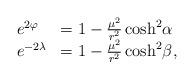
LaTeX: \begin{align*} \begin{array}{ll}e^{2\varphi} & = 1 - \frac{\mu^2}{r^2} \cosh^2\!\alpha \\e^{-2\lambda} & = 1- \frac{\mu^2}{r^2} \cosh^2\! \beta ,\end{array}\end{align*}